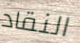
النقاد